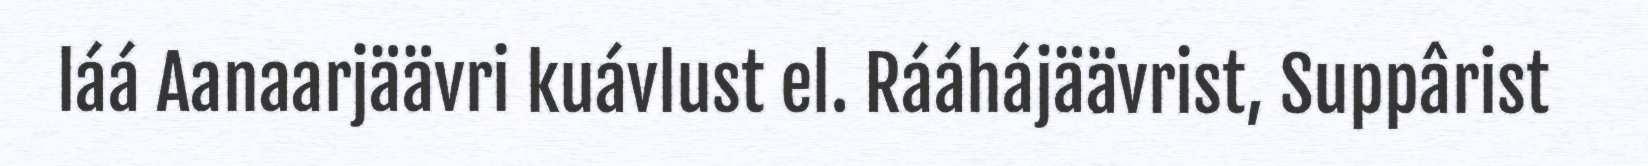
láá Aanaarjäävri kuávlust el. Rááhájäävrist, Suppârist